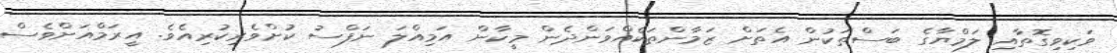
ވަކިވިގޮތާއި ލަމްޔާގެ ބަސްތަކުން އެތަށް ޒަމާންތަކެއްވަންދެން މީކާން އަމިއްލަ ނަފްސު ކުށްވެރިކުރިއެވެ. އީރަމްއަށްވެސް